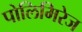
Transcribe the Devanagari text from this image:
पोलिमिरेज